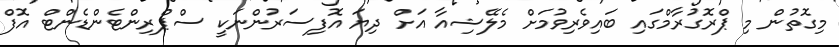
މިގޮތުން މި ޕްރޮގުރާމްގައި ބައިވެރިވުމަށް މެލޭޝިއާ އަށް ދިޔަ އޮފިސަރުންނަކީ ސްޕްރިންޓެންޑެންޓް އޮފް